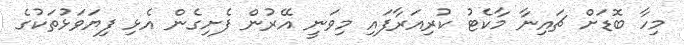
މިހާ ބޮޑަށް ޗައިނާ މާކެޓު ކުރިއަރާފައި މިވަނީ އޭރުން ފެށިގެން އެޅި ފިޔަވަަޅުތަކުގެ